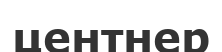
центнер